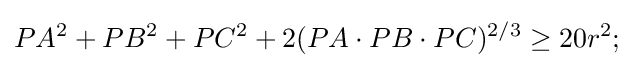
PA^{2}+PB^{2}+PC^{2}+2(PA\cdot PB\cdot PC)^{2/3}\geq 20r^{2};